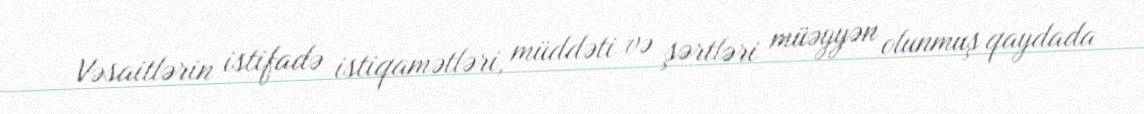
Vəsaitlərin istifadə istiqamətləri, müddəti və şərtləri müəyyən olunmuş qaydada